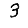
Digit: 3